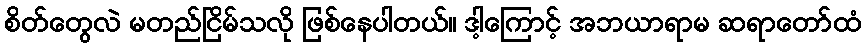
စိတ်တွေလဲ မတည်ငြိမ်သလို ဖြစ်နေပါတယ်။ ဒါ့ကြောင့် အဘယာရာမ ဆရာတော်ထံ